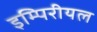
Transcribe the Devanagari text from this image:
इम्पिरीयल